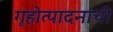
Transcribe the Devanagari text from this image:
गृहोत्पादनांची